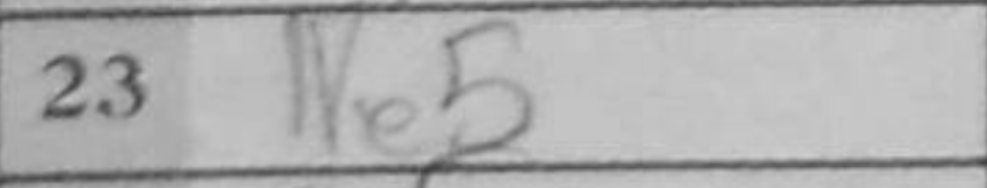
Transcription: Ne5